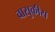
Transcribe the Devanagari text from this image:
वासुकीस